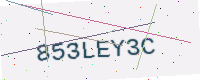
Text: 853LEY3C